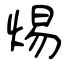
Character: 焬